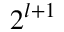
2 ^ { l + 1 }